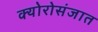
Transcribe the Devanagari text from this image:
क्योरोसंजात